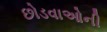
છોડવાઓની